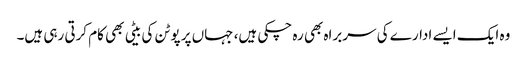
وہ ایک ایسے ادارے کی سربراہ بھی رہ چکی ہیں، جہاں پر پوٹن کی بیٹی بھی کام کرتی رہی ہیں۔